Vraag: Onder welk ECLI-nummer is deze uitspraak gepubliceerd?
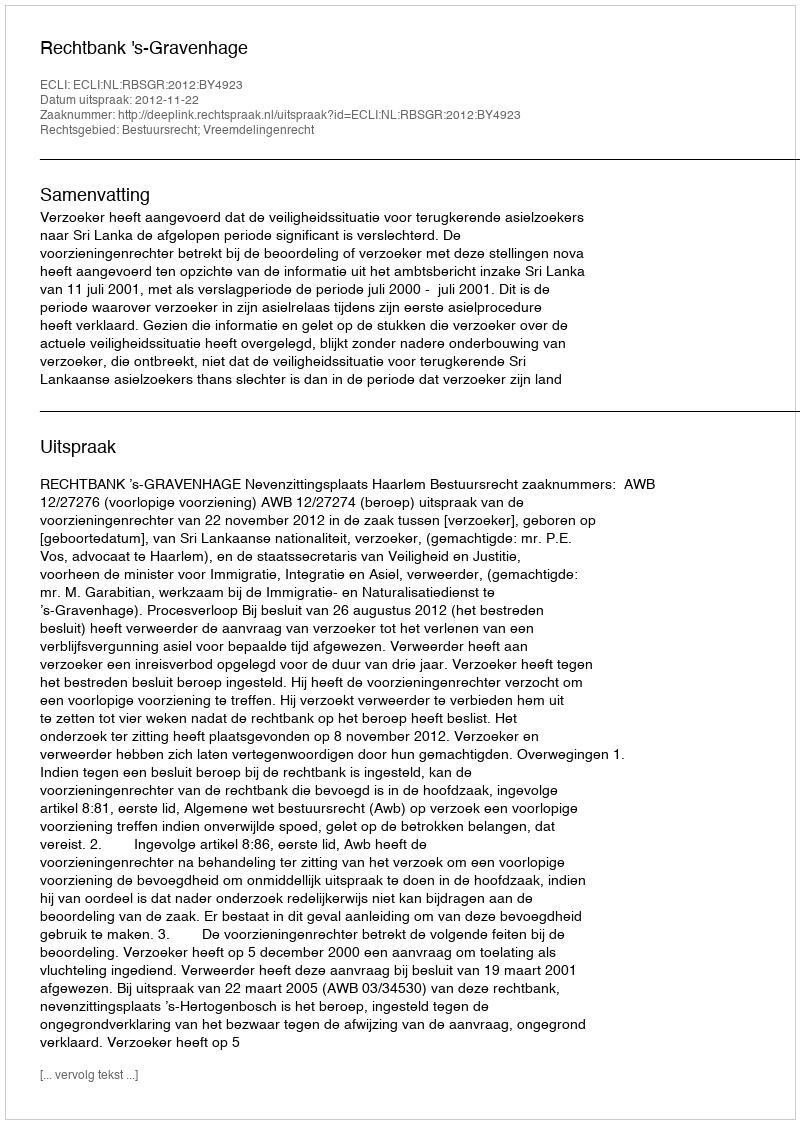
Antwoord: ECLI:NL:RBSGR:2012:BY4923